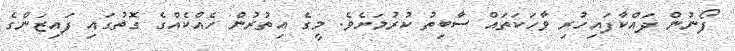
ފޯނުން ދައްކާފައިހުރި ވާހަކަތައް ސާބިތު ކުރުމަށެވެ. މީގެ އިތުރުން ހެއްކެއްގެ ގޮތުގައި ފައިޒަންގެ